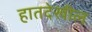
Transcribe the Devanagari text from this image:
हातदेखील